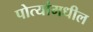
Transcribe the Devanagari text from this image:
पोत्यांमधील